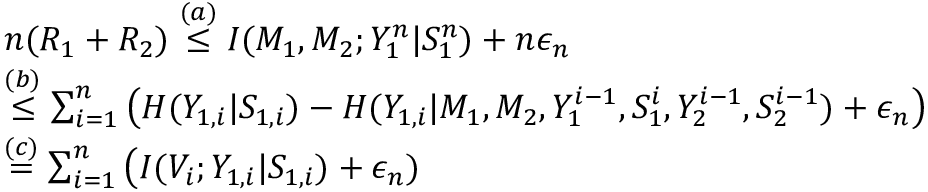
\begin{array} { r l } & { n ( R _ { 1 } + R _ { 2 } ) \overset { ( a ) } { \leq } I ( M _ { 1 } , M _ { 2 } ; Y _ { 1 } ^ { n } | S _ { 1 } ^ { n } ) + n \epsilon _ { n } } \\ & { \overset { ( b ) } { \leq } \sum _ { i = 1 } ^ { n } \big ( H ( Y _ { 1 , i } | S _ { 1 , i } ) - H ( Y _ { 1 , i } | M _ { 1 } , M _ { 2 } , Y _ { 1 } ^ { i - 1 } , S _ { 1 } ^ { i } , Y _ { 2 } ^ { i - 1 } , S _ { 2 } ^ { i - 1 } ) + \epsilon _ { n } \big ) } \\ & { \overset { ( c ) } { = } \sum _ { i = 1 } ^ { n } \big ( I ( V _ { i } ; Y _ { 1 , i } | S _ { 1 , i } ) + \epsilon _ { n } ) } \end{array}